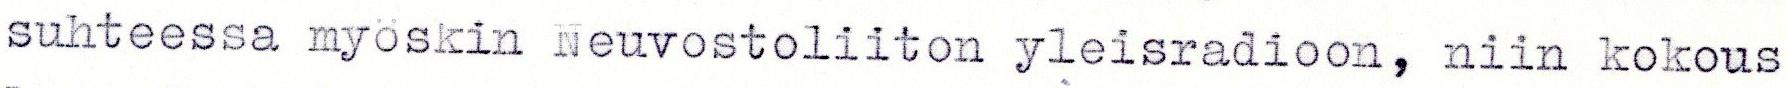
suhteessa myöskin Neuvostoliiton yleisradioon, niin kokous